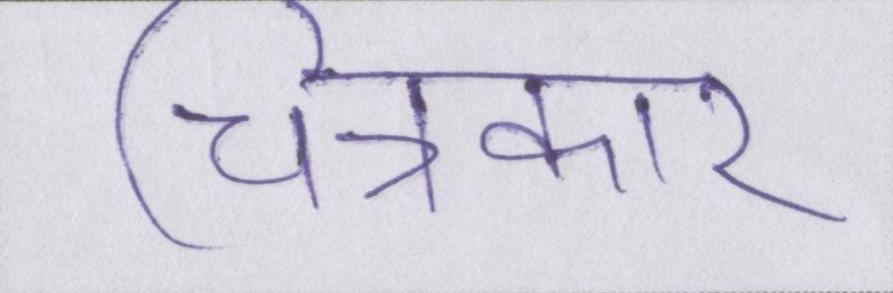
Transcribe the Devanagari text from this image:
चित्रकार